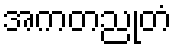
အကတညုတံ